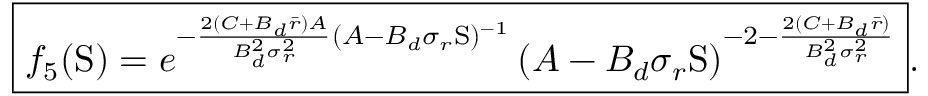
\boxed { f _ { 5 } ( \mathrm { S } ) = e ^ { - \frac { 2 ( C + B _ { d } \bar { r } ) A } { B _ { d } ^ { 2 } \sigma _ { r } ^ { 2 } } ( A - B _ { d } \sigma _ { r } \mathrm { S } ) ^ { - 1 } } \left( A - B _ { d } \sigma _ { r } \mathrm { S } \right) ^ { - 2 - \frac { 2 ( C + B _ { d } \bar { r } ) } { B _ { d } ^ { 2 } \sigma _ { r } ^ { 2 } } } } .